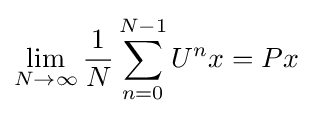
\lim _{N\to \infty }{1 \over N}\sum _{n=0}^{N-1}U^{n}x=Px